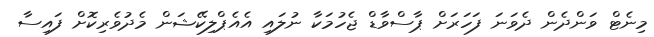
މިނެޓް ވަންދެން ދެވަނަ ފަހަރަށް ޕާސްވާޑް ޖެހުމަކާ ނުލައި އެއެޕްލިކޭޝަން މެދުވެރިކޮށް ފައިސާ